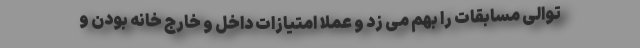
توالی مسابقات را بهم می زد و عملا امتیازات داخل و خارج خانه بودن و